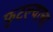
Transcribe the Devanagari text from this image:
फुटल्याचा